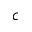
c